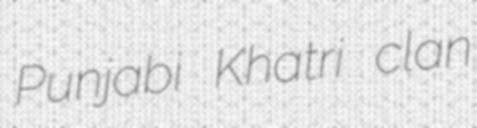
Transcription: Punjabi Khatri clan